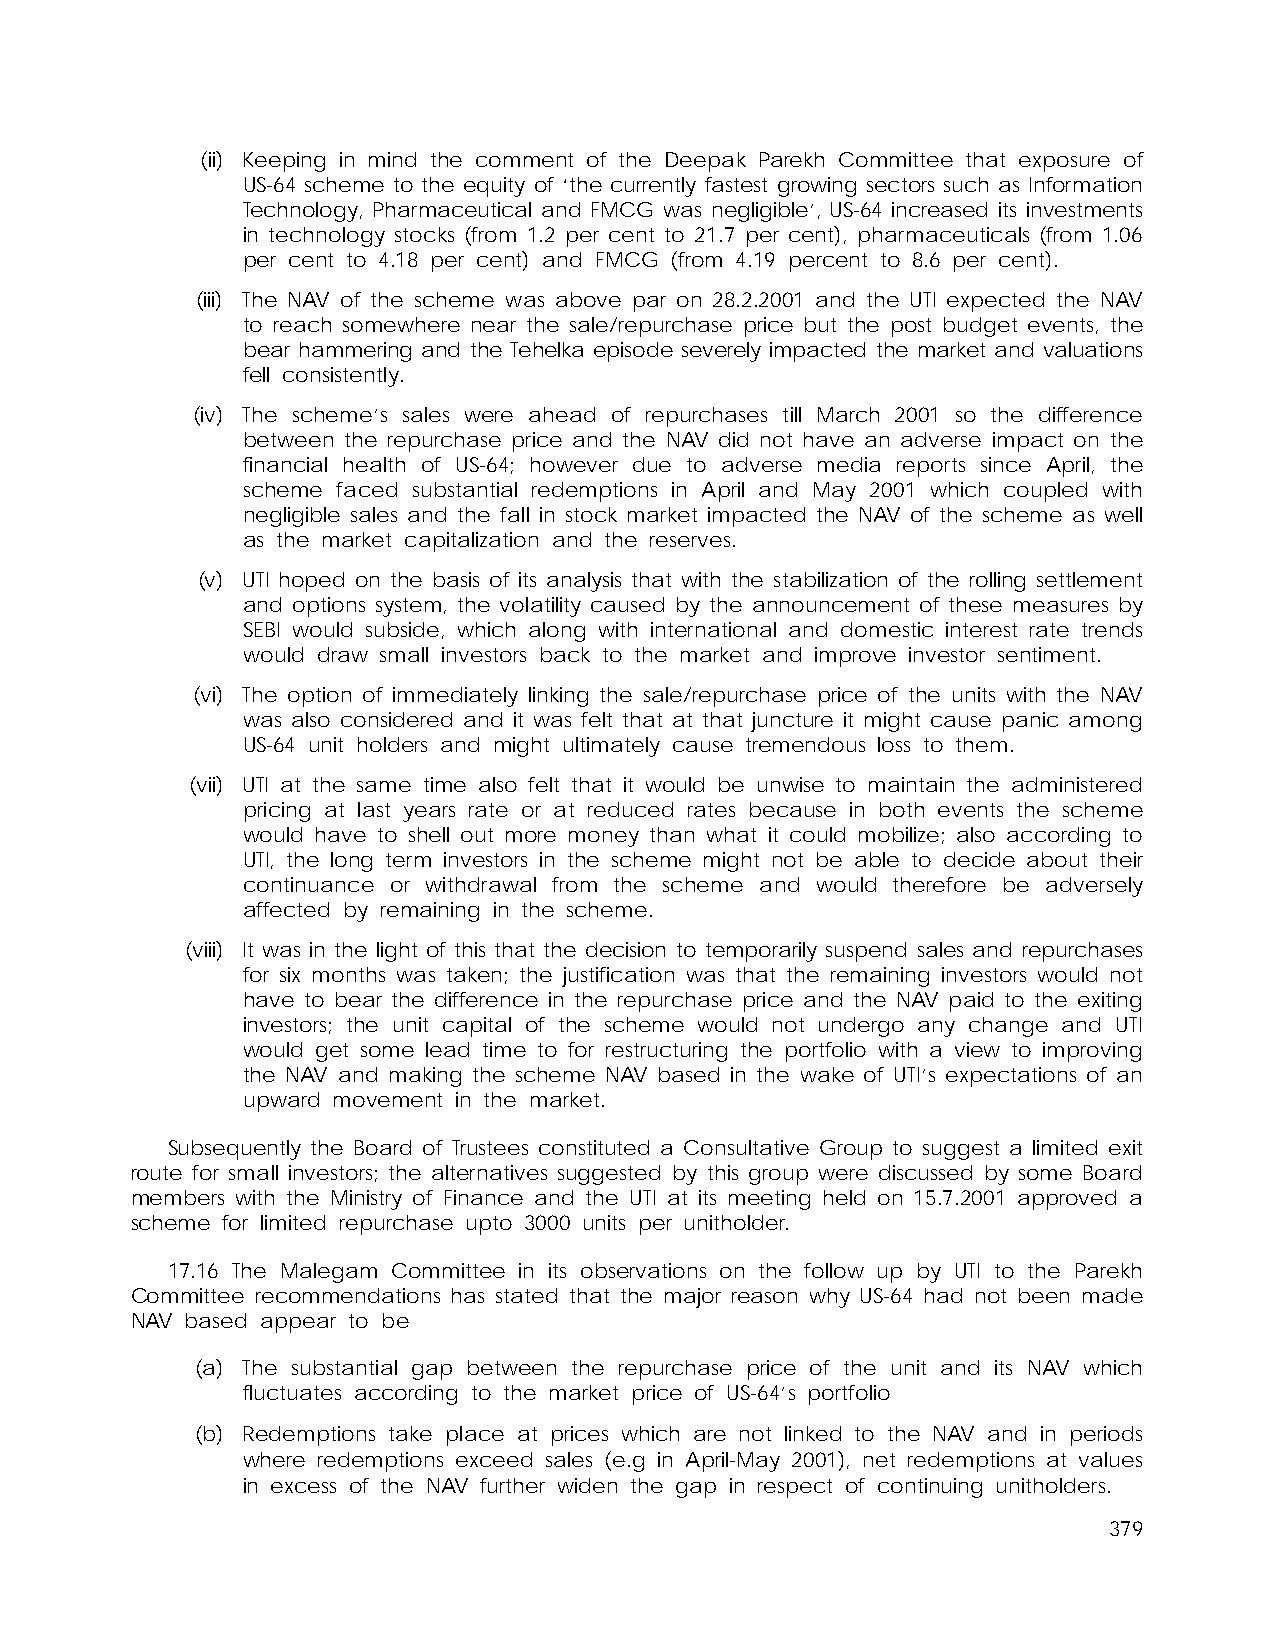
(ii) Keeping in mind the comment of the Deepak Parekh Committee that exposure of
 US-64 scheme to the equity of ‘the currently fastest growing sectors such as Information
 Technology, Pharmaceutical and FMCG was negligible’, US-64 increased its investments
 in technology stocks (from 1.2 per cent to 21.7 per cent), pharmaceuticals (from 1.06
 per cent to 4.18 per cent) and FMCG (from 4.19 percent to 8.6 per cent).
 (iii) The NAV of the scheme was above par on 28.2.2001 and the UTI expected the NAV
 to reach somewhere near the sale/repurchase price but the post budget events, the
 bear hammering and the Tehelka episode severely impacted the market and valuations
 fell consistently.
 (iv) The scheme’s sales were ahead of repurchases till March 2001 so the difference
 between the repurchase price and the NAV did not have an adverse impact on the
 financial health of US-64; however due to adverse media reports since April, the
 scheme faced substantial redemptions in April and May 2001 which coupled with
 negligible sales and the fall in stock market impacted the NAV of the scheme as well
 as the market capitalization and the reserves.
 (v) UTI hoped on the basis of its analysis that with the stabilization of the rolling settlement
 and options system, the volatility caused by the announcement of these measures by
 SEBI would subside, which along with international and domestic interest rate trends
 would draw small investors back to the market and improve investor sentiment.
 (vi) The option of immediately linking the sale/repurchase price of the units with the NAV
 was also considered and it was felt that at that juncture it might cause panic among
 US-64 unit holders and might ultimately cause tremendous loss to them.
 (vii) UTI at the same time also felt that it would be unwise to maintain the administered
 pricing at last years rate or at reduced rates because in both events the scheme
 would have to shell out more money than what it could mobilize; also according to
 UTI, the long term investors in the scheme might not be able to decide about their
 continuance or withdrawal from the scheme and would therefore be adversely
 affected by remaining in the scheme.
 (viii) It was in the light of this that the decision to temporarily suspend sales and repurchases
 for six months was taken; the justification was that the remaining investors would not
 have to bear the difference in the repurchase price and the NAV paid to the exiting
 investors; the unit capital of the scheme would not undergo any change and UTI
 would get some lead time to for restructuring the portfolio with a view to improving
 the NAV and making the scheme NAV based in the wake of UTI’s expectations of an
 upward movement in the market.
 Subsequently the Board of Trustees constituted a Consultative Group to suggest a limited exit
 route for small investors; the alternatives suggested by this group were discussed by some Board
 members with the Ministry of Finance and the UTI at its meeting held on 15.7.2001 approved a
 scheme for limited repurchase upto 3000 units per unitholder.
 17.16 The Malegam Committee in its observations on the follow up by UTI to the Parekh
 Committee recommendations has stated that the major reason why US-64 had not been made
 NAV based appear to be
 (a) The substantial gap between the repurchase price of the unit and its NAV which
 fluctuates according to the market price of US-64’s portfolio
 (b) Redemptions take place at prices which are not linked to the NAV and in periods
 where redemptions exceed sales (e.g in April-May 2001), net redemptions at values
 in excess of the NAV further widen the gap in respect of continuing unitholders.
 379